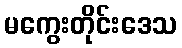
မကွေးတိုင်းဒေသ